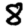
Digit: 8